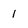
Character: 1